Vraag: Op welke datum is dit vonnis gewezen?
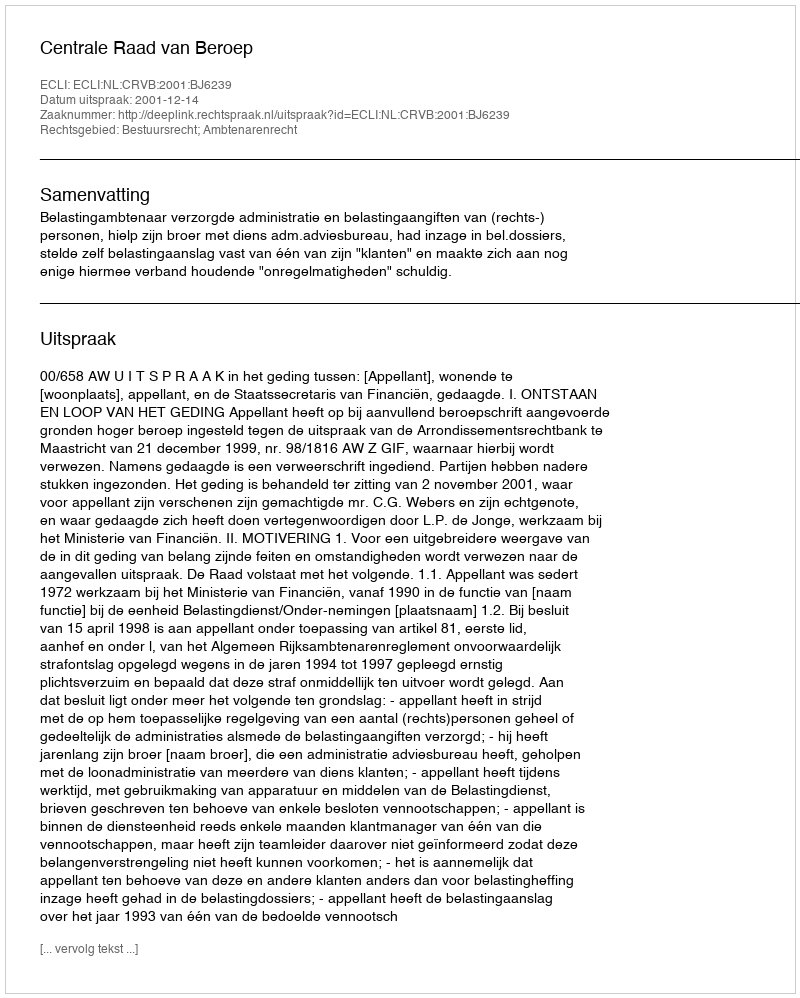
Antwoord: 2001-12-14